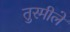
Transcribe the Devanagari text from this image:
तुरमीले